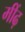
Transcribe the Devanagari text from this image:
मींढ़